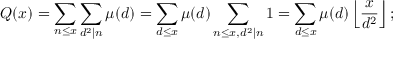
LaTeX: Q ( x ) = \sum _ { n \leq x } \sum _ { d ^ { 2 } \mid n } \mu ( d ) = \sum _ { d \leq x } \mu ( d ) \sum _ { n \leq x , d ^ { 2 } \mid n } 1 = \sum _ { d \leq x } \mu ( d ) \left\lfloor { \frac { x } { d ^ { 2 } } } \right\rfloor ;